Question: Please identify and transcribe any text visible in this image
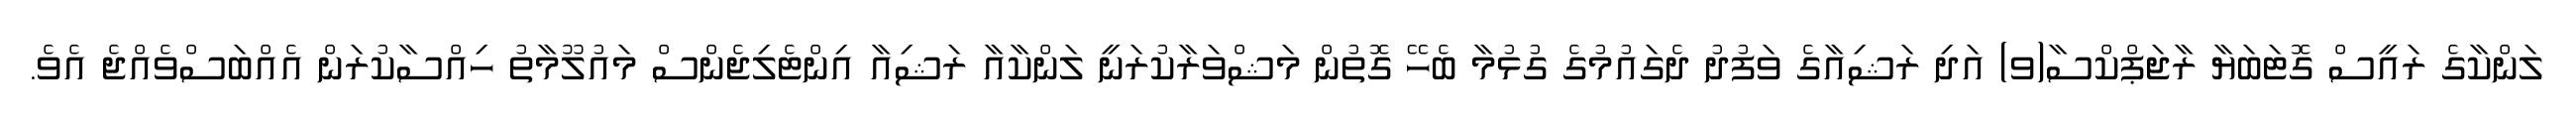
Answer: ލަންކާގެ ރައީސް ގޮޓަބަޔާ ރާޖަޕްކްސާ(ވ) އަދި ރަޝިއާގެ ވަފުދު ދެގައުމުގެ ގުޅުމާ ބެހޭ ގޮތުން މަޝްވަރާކުރަނީ ލަންކާއާ ރަޝިއާ އިންޓެލިޖެންސް މައުލޫމާތު ހިއްސާކުރަން އެއްބަސްވެއްޖެ އެވެ.